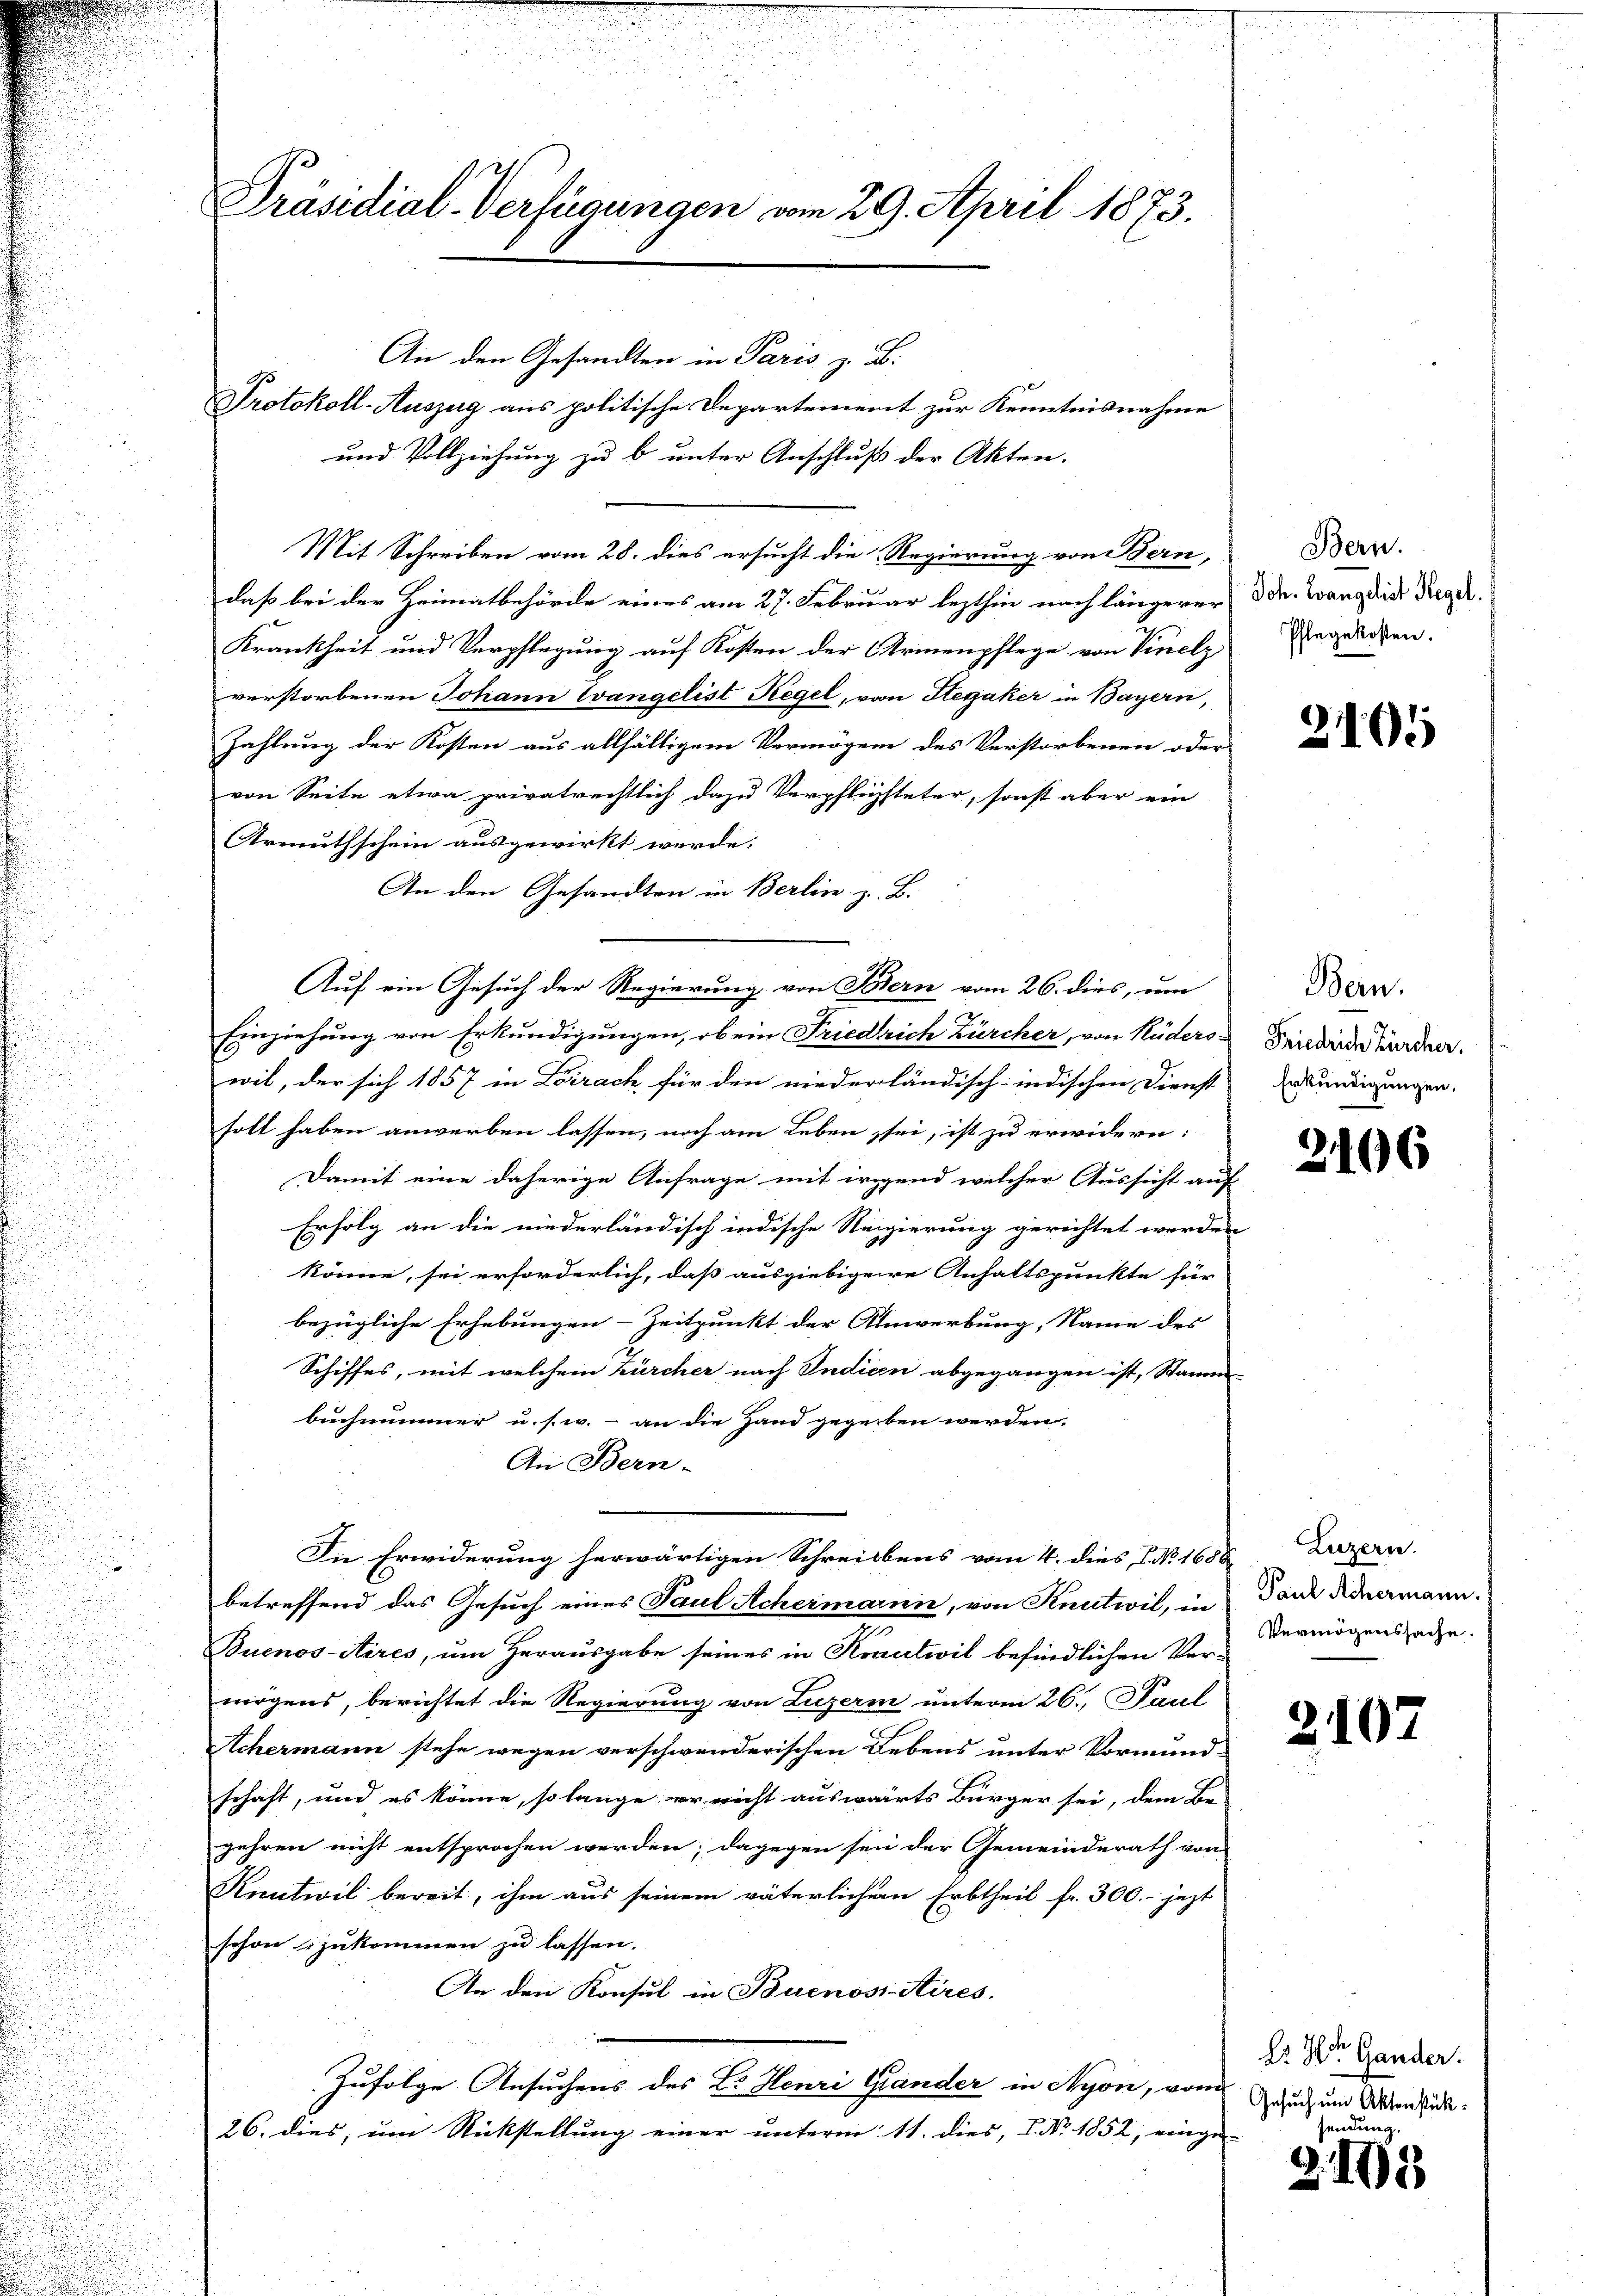
An den Gesandten in Paris z. B.
Protokoll-Auszug aus politische Departement zur Kenntnisnahme
und Vollziehung zu b unter Anschluß der Akten.
Mit Schreiben vom 28. dies ersucht die Regierung von Bern,
daß bei der Heimatbehörde eines am 27. Februar lezthin nach längerer Dr. Langdia Regel.
Krankheit und Verpflegung auf Kosten der Armenpflege von Vinelz
verstorbenen Johann Evangelist Regel, von Stegaker in Bayern,
Zahlung der Kosten aus allfälligem Vermögen des Verstorbenen oder
von Seite etwa privatrechtlich dazu Verpflichsteter, sonst aber ein
Armuthschein ausgewirkt werde.
An den Gesandten in Berlin z. B.
Einziehung von Erkundigungen, ob ein Friedrich Zürcher, von Rüders-
wil, der sich 1857 in Lörrach für den niederländisch-indischen Dienst
soll haben anwerben lassen, noch am Leben, sei, ist zu erwidern:
Damit eine daherige Anfrage mit irgend welcher Aussicht auf
Erfolg an die niederländisch indische Regierung gerichtet werden
könne, sei erforderlich, daß ausgiebigere Anhaltspunkte für
bezügliche Erhebungen-Zeitpunkt der Anwerbung, Name des
Schiffes, mit welchem zürcher nach Indicen abgegangen ist, Stanan-
buchnummer u. s. w. - an die Hand gegeben werden.
An Bern.
Die Erwiderung herwärtigen Schreibens vom 4. dies 7. No. 1658. Luzern.
betreffend das Gesuch eines Paul Achermarin, von Knutwil, in Tanz Adermann.
Buenos Aires, um Herausgabe seines in Krautwil befindlichen Ver-
mögens, berichtet die Regierung von Luzern unterm 26. Paul
Achermann stehe wegen verschwenderischen Lebens unter Vormund-
schaft, und es könne, so lange er richt auswärts Bürger sei, dem Be-
gehren nicht entsprochen werden; dagegen sei der Gemeinderath von
Knutwil bereit, ihm aus seinem väterlichem Erbtheil fr. 300.- jezt
schon zukommen zu lassen.
An den Konsul in Buenos Aires.
Zufolge Ansuchens des B. Henri Grander in Nyon, von du zum Aktenst¬
26. dies, um Rückstellung einer unterm 11. dies, P. Nr. 1852, einge

Präsidial-Verfügungen vom 29. April 1873.

Auf ein Gesuch der Regierung von Feiern vom 26. dies, um

Bern.
Pflegekosten.

2101

Bern.
Friedrich Zürcher.
Erkundigungen.

2166

Vermögenssache.

210.

Es Hor Gander.
Zanden

Z. 105.